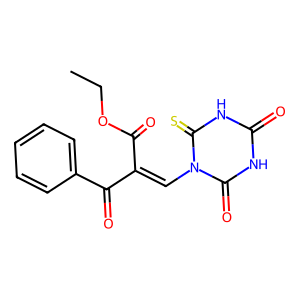
SMILES: CCOC(=O)C(=Cn1c(=O)[nH]c(=O)[nH]c1=S)C(=O)c1ccccc1
Inhibits HIV replication: No